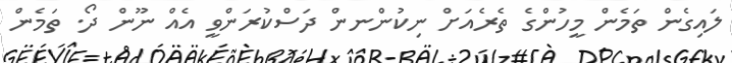
ލައިގެން ތަމެން މީހުންގެ ތެރެއަށް ނިކުންނން ދަސްކުރަންވީ އެއް ނޫން ދޯ. ތަމެން